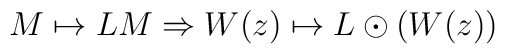
M\mapsto LM \Rightarrow W(z)\mapsto L\odot(W(z))